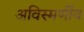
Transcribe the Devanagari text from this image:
अविस्मर्णीय